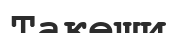
Такеши